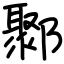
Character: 鄹